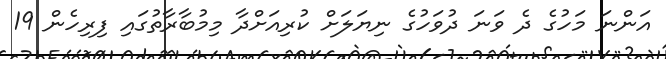
އަންނަ މަހުގެ ދެ ވަނަ ދުވަހުގެ ނިޔަަލަށް ކުރިއަށްދާ މިމުބާރާތުގައި ފިރިހެން 19